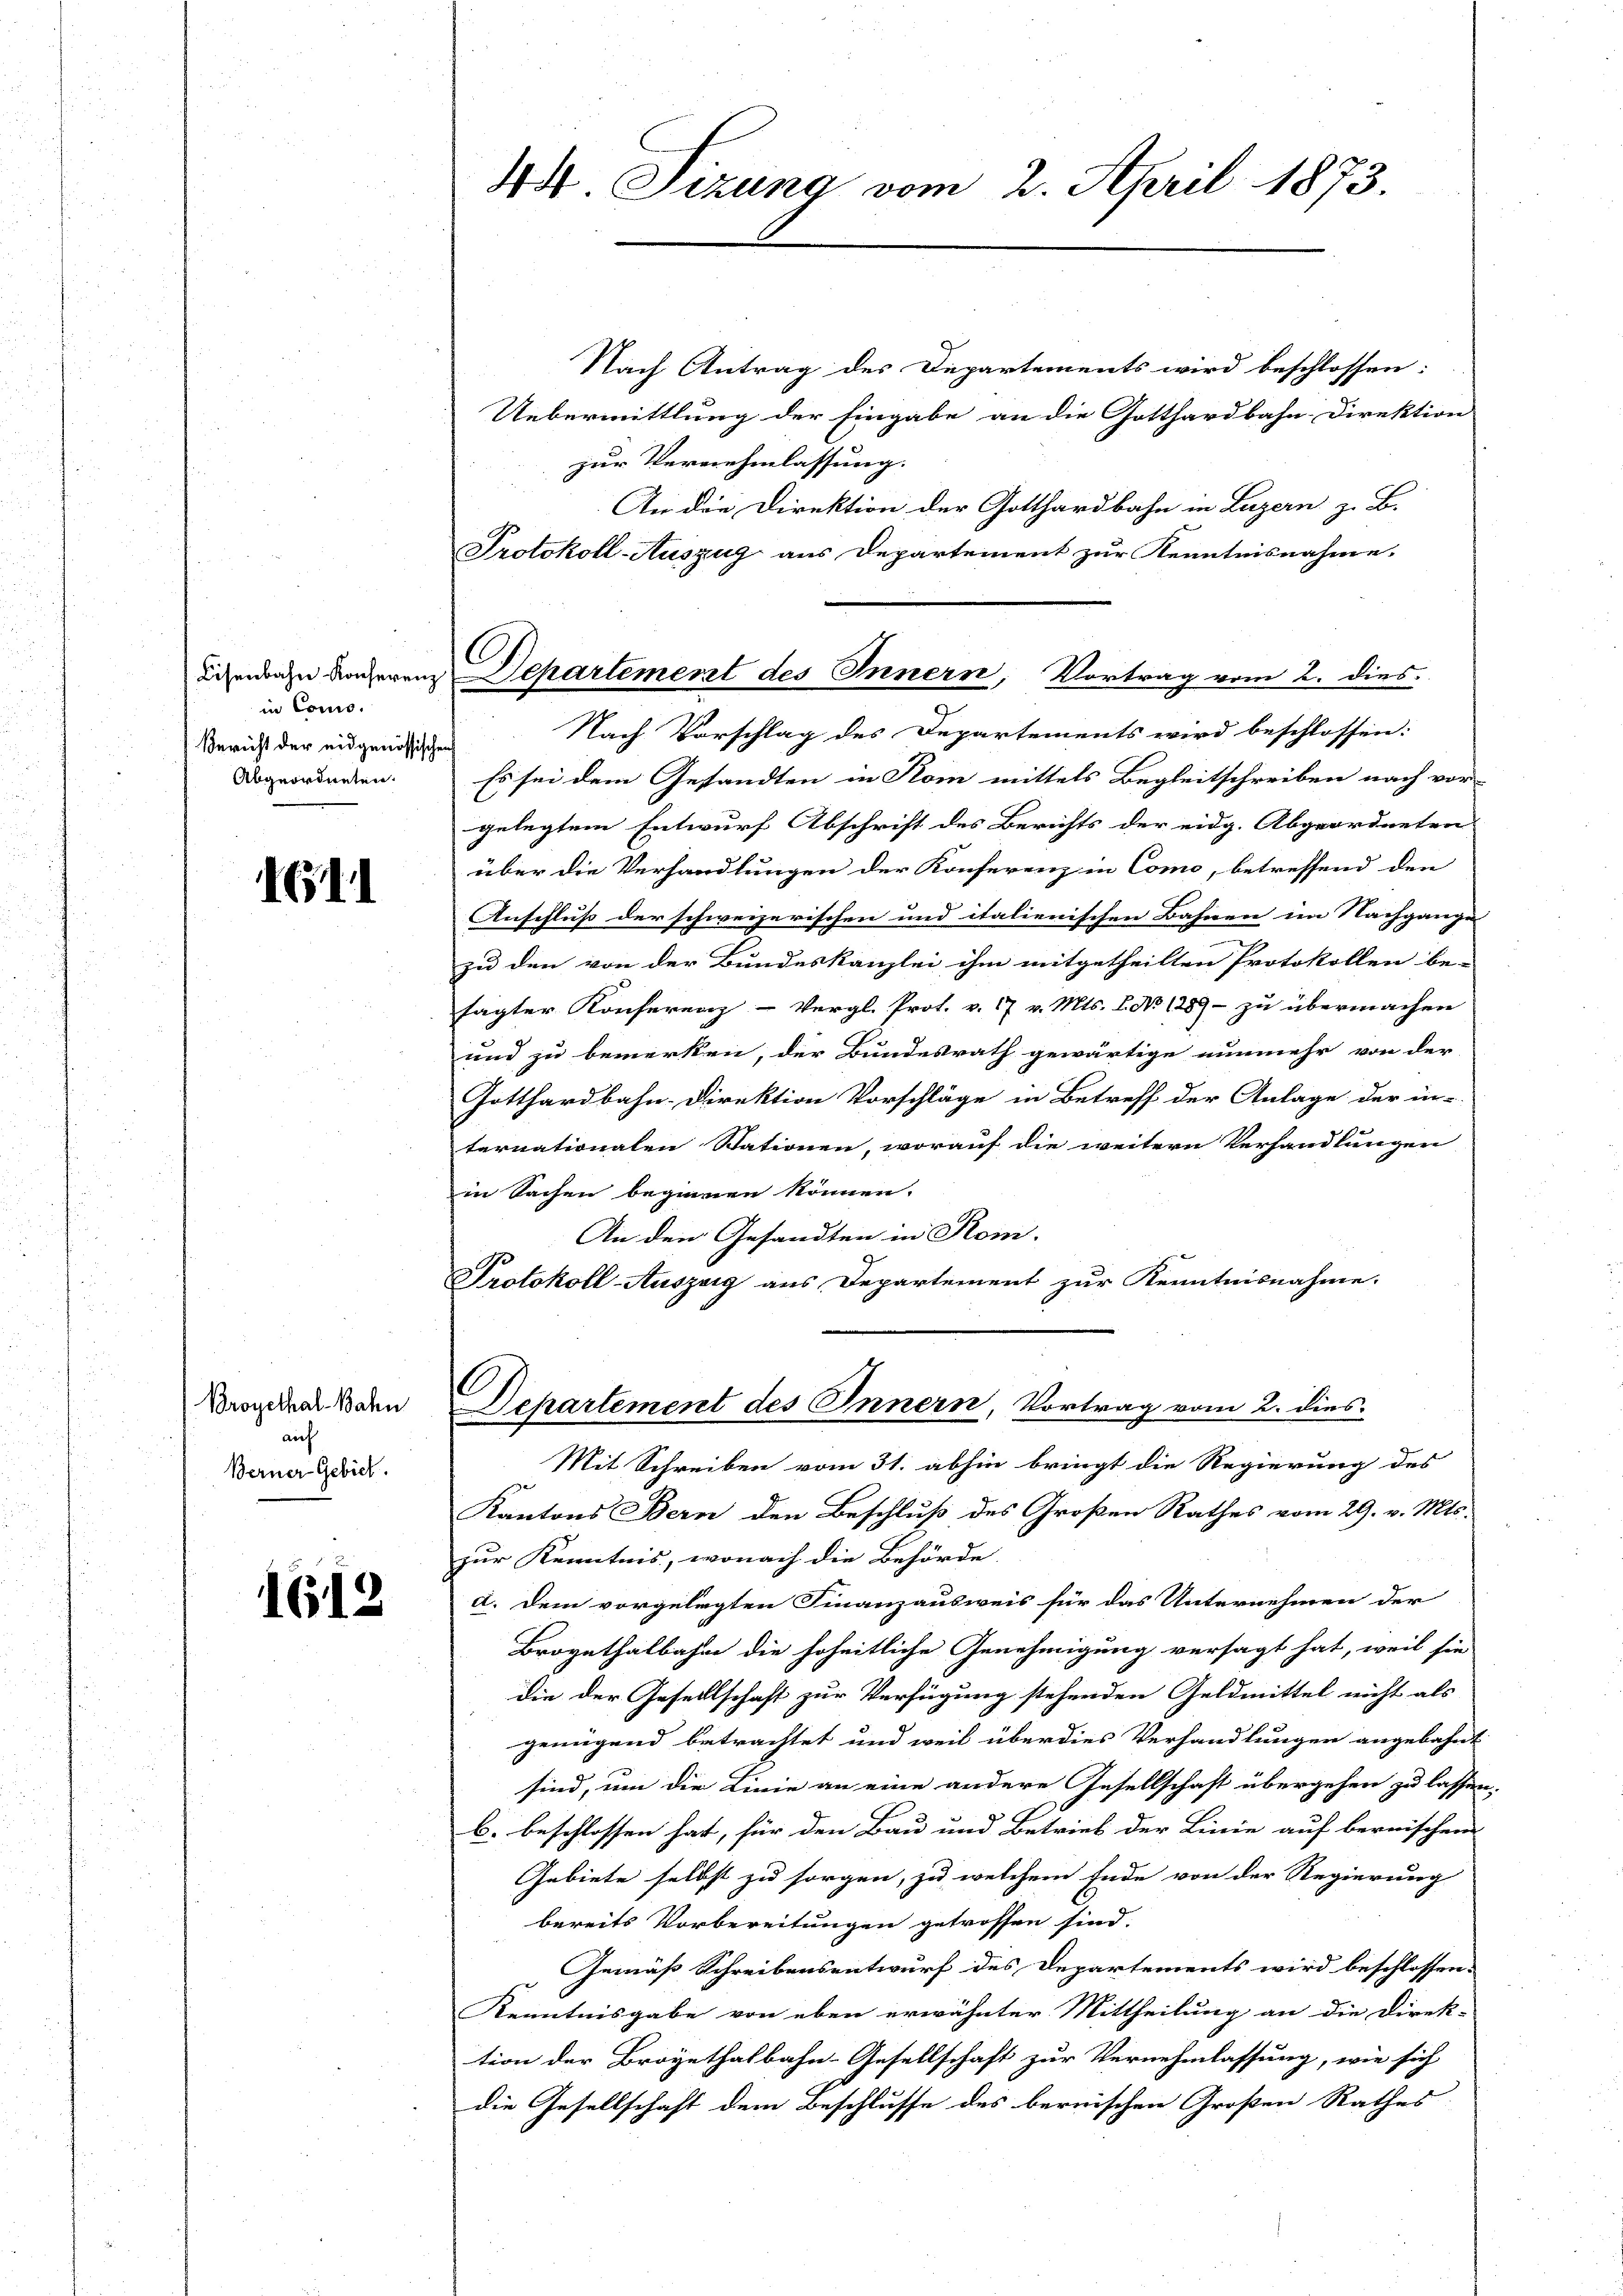
in Como.
Bericht der eidgenössische
Abgeordneten.

1611

Broyethal-Bahn
auf
Berner Gebiet.

1612

C
Lizenbahn konseren Departement des Innern, Vortrag vom 2. dies
g

Nach Antrag des Departements wird beschlossen:
Uebermittlung der Eingabe an die Gotthardbahn-Direktion
zur Vernehmlassung.
An die Direktion der Gotthardbahn in Luzern z. B.
Protokoll-Auszug aus Departement zur Kenntnisnahme.
Nach Vorschlag des Departements wird beschlossen:
Es sei dem Gesandten in Rom mittels Begleitschreiben nach vor
gelegtem Entwurf Abschrift des Berichts der eidg. Abgeordneten
über die Verhandlungen der Konferenz in Como, betreffend den
Anschluß der schweizerischen und italienischen Bahnen im Nachgange
zu den von der Bundeskanzlei ihm mitgetheilten Protokollen be-
sagter Konferenz-Vergl. Prot. v. 17 v. Mts. No 1289 - zu übermachen
und zu bemerken, der Bundesrath gewärtige nunmehr von der
Gotthardbahn-Direktion Vorschläge in Betreff der Anlage der in-
ternationalen Stationen, worauf die weitern Verhandlungen
in Sachen beginnen können.
An den Gesandten in Rom.
Protokoll-Auszeig aus Departement zur Kenntnisnahme.
C
Departement des Innern, Vortrag vom 2. dies
Mit Schreiben vom 31. abhin bringt die Regierung des
Kantons Bern den Beschluß des Großen Rathes vom 29. v. Mts.
zur Kenntnis, wonach die Behörde
a. Dem vorgelegten Finanzausweis für das Unternehmen der
Brogathalbahn die hoheitliche Genehmigung versagt hat, weil sie
die der Gesellschaft zur Verfügung stehenden Geldmittel nicht als
genügend betrachtet und weil über dies Verhandlungen angebahnt
sind, um die Linie an eine andere Gesellschaft übergehen zu lassen,
b. beschlossen hat, für den Bau und Betrieb der Linie auf bernischen
Gebiete selbst zu sorgen, zu welchem Ende von der Regierung
bereits Vorbereitungen getroffen sind.
Gemäß Schreibensentwurf des Departements wird beschlossen:
Kenntnisgabe von eben erwähnter Mittheilung an die Direk-
tion der Broyethalbahn-Gesellschaft zur Vernehmlassung, wie sich
die Gesellschaft dem Beschlusse des bernischen Großen Rathes

44 Sizung vom 2. April 1873.